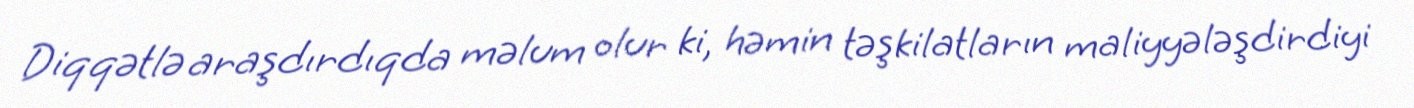
Diqqətlə araşdırdıqda məlum olur ki, həmin təşkilatların maliyyələşdirdiyi